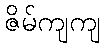
ဇိမ်ကျကျ